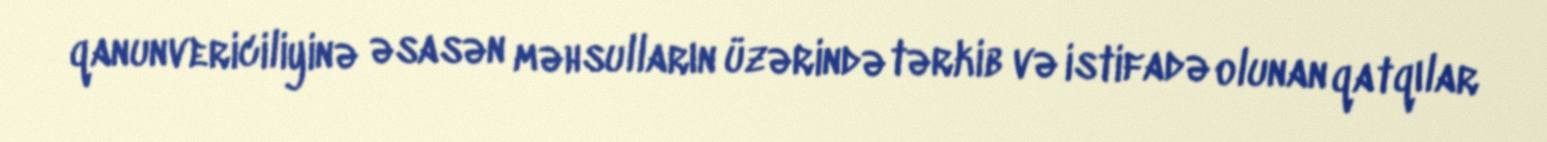
qanunvericiliyinə əsasən məhsulların üzərində tərkib və istifadə olunan qatqılar